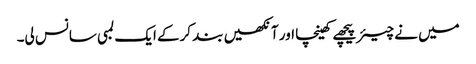
میں نے چیئر پیچھے کھینچا اور آنکھیں بند کرکے ایک لمبی سانس لی۔